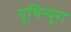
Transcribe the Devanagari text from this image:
यूथिन्यूरा